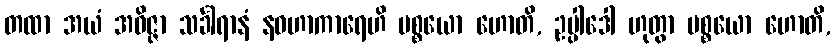
တထာ အယံ အဝိဇ္ဇာ သင်္ခါရာနံ နဝဟာကာရေဟိ ပစ္စယော ဟောတိ, ဥပ္ပါဒေါ ဟုတွာ ပစ္စယော ဟောတိ,